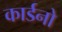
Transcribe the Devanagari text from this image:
कार्डनो